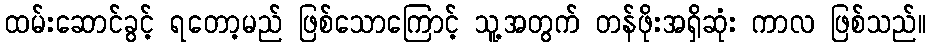
ထမ်းဆောင်ခွင့် ရတော့မည် ဖြစ်သောကြောင့် သူ့အတွက် တန်ဖိုးအရှိဆုံး ကာလ ဖြစ်သည်။